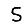
Digit: 5